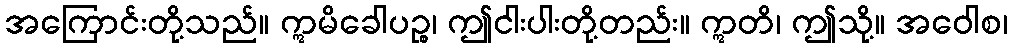
အကြောင်းတို့သည်။ ဣမိခေါပဉ္စ၊ ဤငါးပါးတို့တည်း။ ဣတိ၊ ဤသို့။ အဝေါစ၊